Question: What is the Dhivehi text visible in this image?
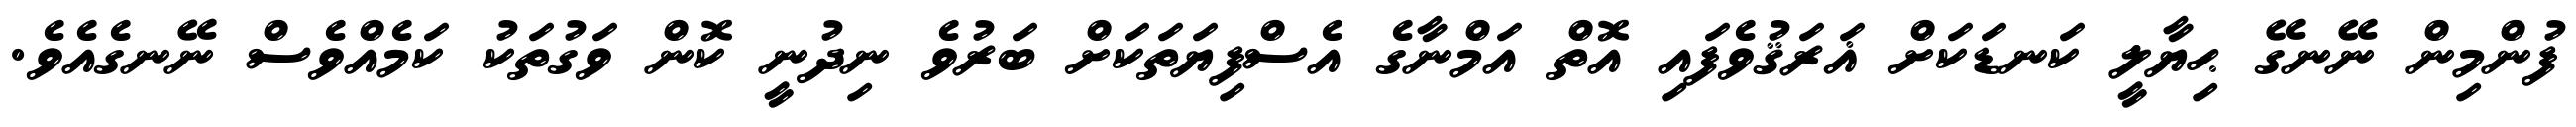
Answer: ފުންމިން ނޭނގޭ ޙިޔާލީ ކަނޑަކަށް ޣަރަޤުވެފައި އޮތް އަމްނާގެ އެސްފިޔަތަކަށް ބަރުވެ ނިދުނީ ކޮން ވަގުތަކު ކަމެއްވެސް ނޭނގެއެވެ.